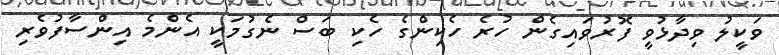
ވަކީލު ވިދާޅުވީ ފޮރުވައިގެން ހުރެ ހެކިންގެ ހެކި ބަސް ނެގުމަކީ އެންމެ އިންސާފުވެރި